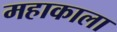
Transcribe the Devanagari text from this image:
महाकाला